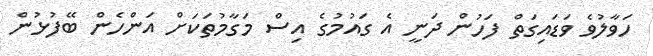
ހަވާލުވެ ވަޑައިގަތް ފަހުން ދަނީ އެ ގައުމުގެ އިސް މަގާމުތަކަށް އަންހެން ބޭފުޅުން